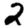
Digit: 2